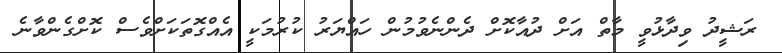
ރަޝީދު ވިދާޅުވީ މާތް އަށް ދުއާކޮށް ދެންނެވުމުން ހައްޔަރު ކުރުމަކީ އެއްގޮތަކަށްވެސް ކޮށްގެންވާނެ